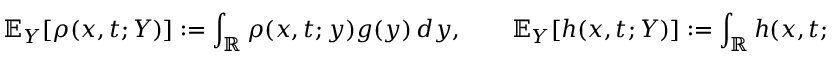
\mathbb { E } _ { Y } [ \rho ( x , t ; Y ) ] : = \int _ { \mathbb { R } } \rho ( x , t ; y ) g ( y ) \, d y , \qquad \mathbb { E } _ { Y } [ h ( x , t ; Y ) ] : = \int _ { \mathbb { R } } h ( x , t ; y ) g ( y ) \, d y .